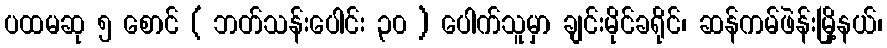
ပထမဆု ၅ စောင် ( ဘတ်သန်းပေါင်း ၃၀ ) ပေါက်သူမှာ ချင်းမိုင်ခရိုင်၊ ဆန်ကမ်ဖဲန်းမြို့နယ်၊